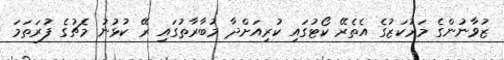
ޒުވާނުންގެ މަރުކަޒުގެ އެތެރޭ ކޯޓުގައި ކުރިއަށްދާ މުބާރާތުގައި ރޭ ކުޅުނު މެޗުގެ ފުރަތަމަ